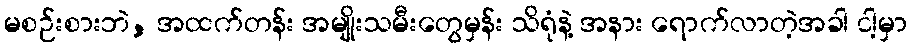
မစဉ်းစားဘဲ, အထက်တန်း အမျိုးသမီးတွေမှန်း သိရုံနဲ့ အနား ရောက်လာတဲ့အခါ ငါ့မှာ